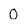
Character: 0